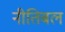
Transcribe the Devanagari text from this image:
नीतिबल